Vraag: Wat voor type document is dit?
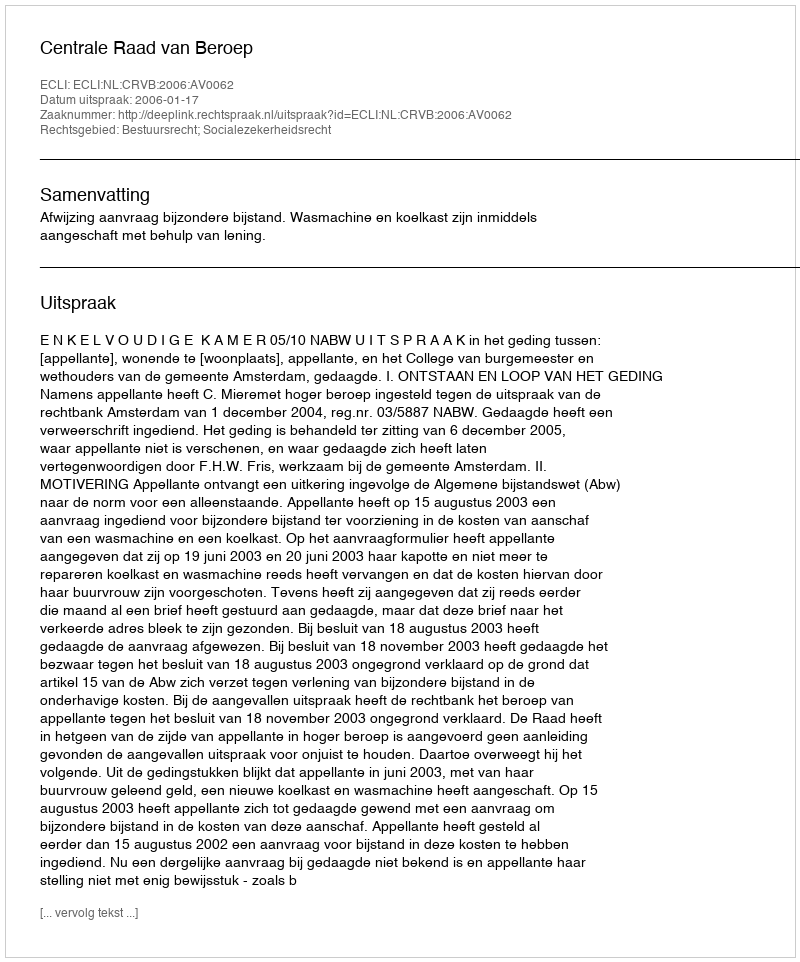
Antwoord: Uitspraak